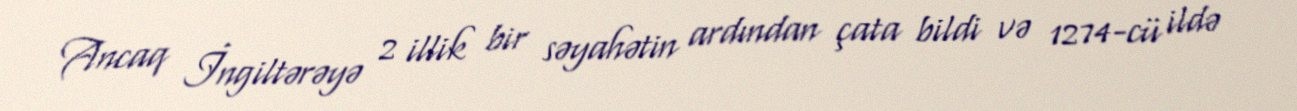
Ancaq İngiltərəyə 2 illik bir səyahətin ardından çata bildi və 1274-cü ildə